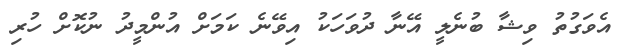
އެވަގުތު ވިޝާ ބުނެލީ އޭނާ ދުވަހަކު އިވޭނެ ކަމަށް އުންމީދު ނުކޮށް ހުރި